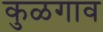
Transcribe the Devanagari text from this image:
कुळगाव